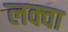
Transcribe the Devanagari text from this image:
लक्वा